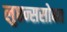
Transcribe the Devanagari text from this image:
लुप्तन्ससोबत